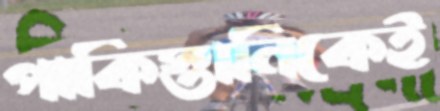
পাকিস্তানিকেই